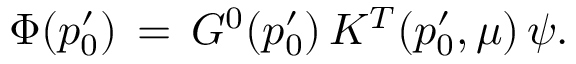
\Phi ( p _ { 0 } ^ { \prime } ) \, = \, G ^ { 0 } ( p _ { 0 } ^ { \prime } ) \, K ^ { T } ( p _ { 0 } ^ { \prime } , \mu ) \, \psi .